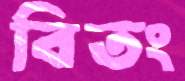
বিতং